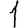
Digit: 1